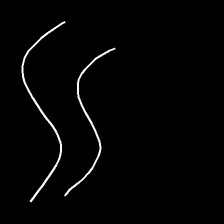
Glyph: float